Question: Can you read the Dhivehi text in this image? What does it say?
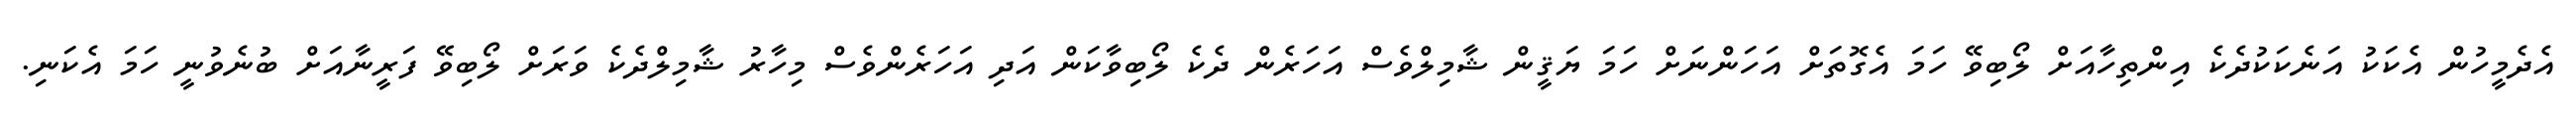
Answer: އެދެމީހުން އެކަކު އަނެކަކުދެކެ އިންތިހާއަށް ލޯބިވޭ ހަމަ އެގޮތަށް އަހަންނަށް ހަމަ ޔަޤީން ޝާމިލްވެސް އަހަރެން ދެކެ ލޯބިވާކަން އަދި އަހަރެންވެސް މިހާރު ޝާމިލްދެކެ ވަރަށް ލޯބިވޭ ފަރީނާއަށް ބުނެވުނީ ހަމަ އެކަނި.